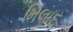
મિલાદ